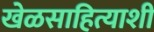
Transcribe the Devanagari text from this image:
खेळसाहित्याशी